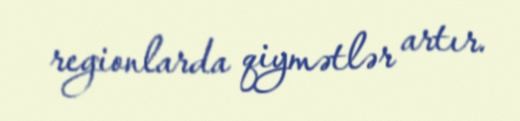
regionlarda qiymətlər artır.